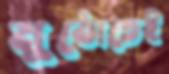
মুঠোতেই